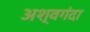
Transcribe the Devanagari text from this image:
अश्वगंदा